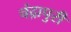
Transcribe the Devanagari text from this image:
चंद्रापुरी